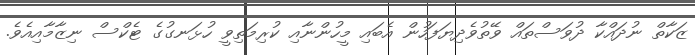
ޒަކާތް ނުދައްކާ ދުވަސްތައް ވޭތުވެދިޔަފަހުން އެބައި މީހުންނާއި ކުރިމަތިވީ ހުޅަނގުގެ ޓެކްސް ނިޒާމާއިއެވެ.